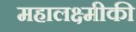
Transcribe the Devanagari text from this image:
महालक्ष्मीकी